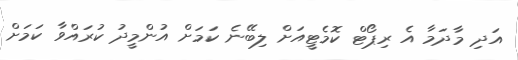
އަދި މާދަމާ އެ ރިޕޯޓް ކޮމެޓީއަށް ލިބޭނެ ކަމަށް އުންމީދު ކުރައްވާ ކަމަށް